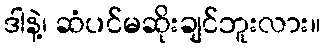
ဒါနဲ့၊ ဆံပင်မဆိုးချင်ဘူးလား။